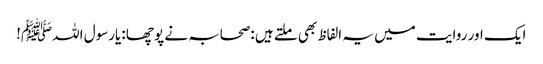
ایک اور روایت میں یہ الفاظ بھی ملتے ہیں :صحابہ نے پوچھا :یارسول اللہﷺ!